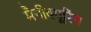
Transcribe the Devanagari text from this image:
मैनीक्यूरिंग